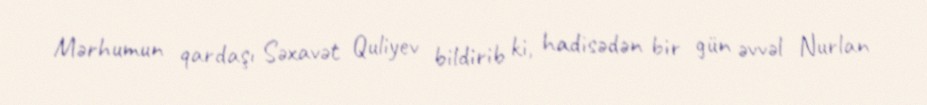
Mərhumun qardaşı Səxavət Quliyev bildirib ki, hadisədən bir gün əvvəl Nurlan